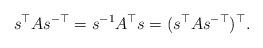
LaTeX: \begin{align*}s^{\top}As^{-\top}=s^{-1}A^{\top}s=(s^{\top}As^{-\top})^{\top}.\end{align*}